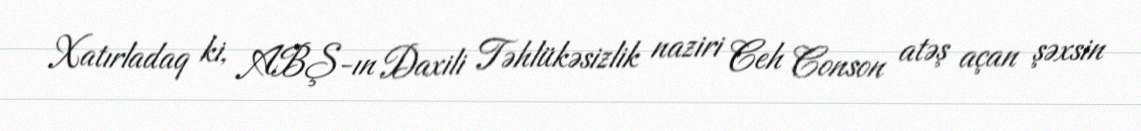
Xatırladaq ki, ABŞ-ın Daxili Təhlükəsizlik naziri Ceh Conson atəş açan şəxsin